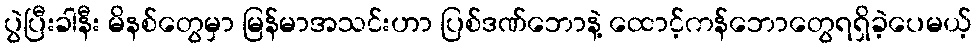
ပွဲပြီးခါနီး မိနစ်တွေမှာ မြန်မာအသင်းဟာ ပြစ်ဒဏ်ဘောနဲ့ ထောင့်ကန်ဘောတွေရရှိခဲ့ပေမယ့်